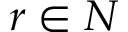
r \in N